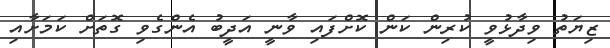
ޒިޔަތު ވިދާޅުވީ ކުރިން ކަން ކޮށްފައި ވާނީ އަދީބު އެންގެވި ގޮތަށް ކަމަށާއި